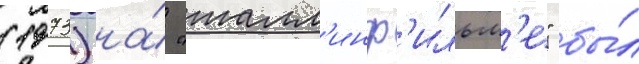
(1973) на́ "талл'инф'ильм'е" бы́л